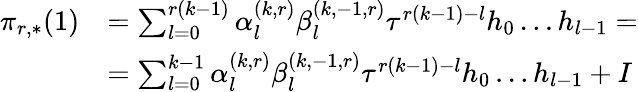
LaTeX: \begin{array}{rl}{\pi_{r,*}(1)}&{=\sum_{l=0}^{r(k-1)}\alpha_{l}^{(k,r)}\beta_{l}^{(k,-1,r)}\tau^{r(k-1)-l}h_{0}\dots h_{l-1}=}\\ &{=\sum_{l=0}^{k-1}\alpha_{l}^{(k,r)}\beta_{l}^{(k,-1,r)}\tau^{r(k-1)-l}h_{0}\dots h_{l-1}+I}\end{array}